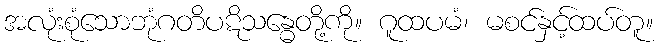
အလုံးစုံသောဘုံဂတိပဋိသန္ဓေတို့ကို။ ဂူထပမံ၊ မစင်နှင့်ထပ်တူ။